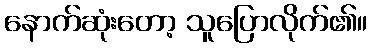
နောက်ဆုံးတော့ သူပြောလိုက်၏။